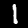
Digit: 1